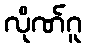
လိုဏ်ဂူ